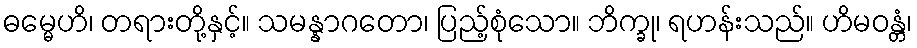
ဓမ္မေဟိ၊ တရားတို့နှင့်။ သမန္နာဂတော၊ ပြည့်စုံသော။ ဘိက္ခု၊ ရဟန်းသည်။ ဟိမဝန္တံ၊